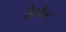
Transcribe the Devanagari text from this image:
है।ब्रेस्ट